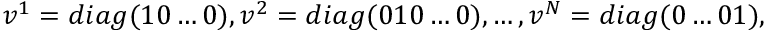
v ^ { 1 } = d i a g ( 1 0 \ldots 0 ) , v ^ { 2 } = d i a g ( 0 1 0 \ldots 0 ) , \ldots , v ^ { N } = d i a g ( 0 \ldots 0 1 ) ,